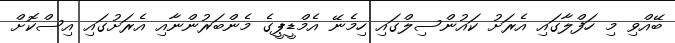
ބޭއްވި މި ހަފްލާގައި އެރަށު ކައުންސިލްގައި ހިމެނޭ އެމްޑީޕީގެ މެންބަރުންނާއި އެރަށުގައި އިސްކޮށް